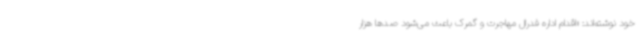
خود نوشته‌اند: «اقدام اداره فدرال مهاجرت و گمرک باعث می‌شود صدها هزار